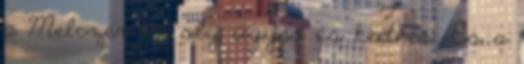
a Melczer úr oly ügyes és kedves. És a